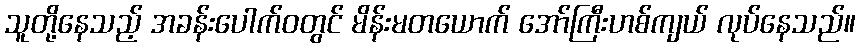
သူတို့နေသည့် အခန်းပေါက်ဝတွင် မိန်းမတယောက် အော်ကြီးဟစ်ကျယ် လုပ်နေသည်။